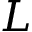
L